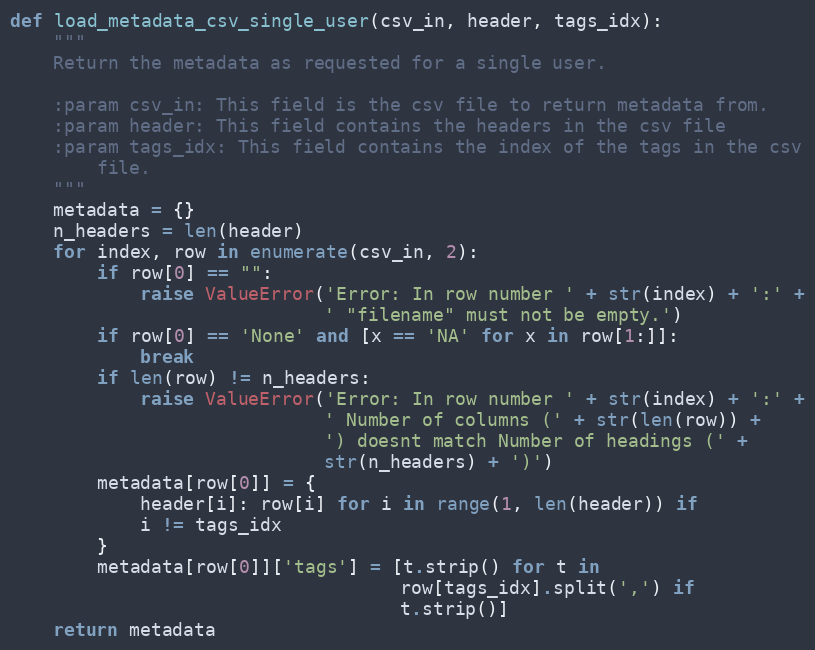
Language: Python
def load_metadata_csv_single_user(csv_in, header, tags_idx):
    """
    Return the metadata as requested for a single user.

    :param csv_in: This field is the csv file to return metadata from.
    :param header: This field contains the headers in the csv file
    :param tags_idx: This field contains the index of the tags in the csv
        file.
    """
    metadata = {}
    n_headers = len(header)
    for index, row in enumerate(csv_in, 2):
        if row[0] == "":
            raise ValueError('Error: In row number ' + str(index) + ':' +
                             ' "filename" must not be empty.')
        if row[0] == 'None' and [x == 'NA' for x in row[1:]]:
            break
        if len(row) != n_headers:
            raise ValueError('Error: In row number ' + str(index) + ':' +
                             ' Number of columns (' + str(len(row)) +
                             ') doesnt match Number of headings (' +
                             str(n_headers) + ')')
        metadata[row[0]] = {
            header[i]: row[i] for i in range(1, len(header)) if
            i != tags_idx
        }
        metadata[row[0]]['tags'] = [t.strip() for t in
                                    row[tags_idx].split(',') if
                                    t.strip()]
    return metadata